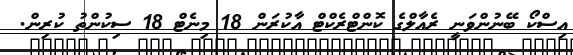
އިސްކޯ ބޭނުންވަނީ ރެއާލްގެ ކޮންޓްރެކްޓް އާކުރަން 18 މިނެޓް 18 ސިކުންތު ކުރިން.